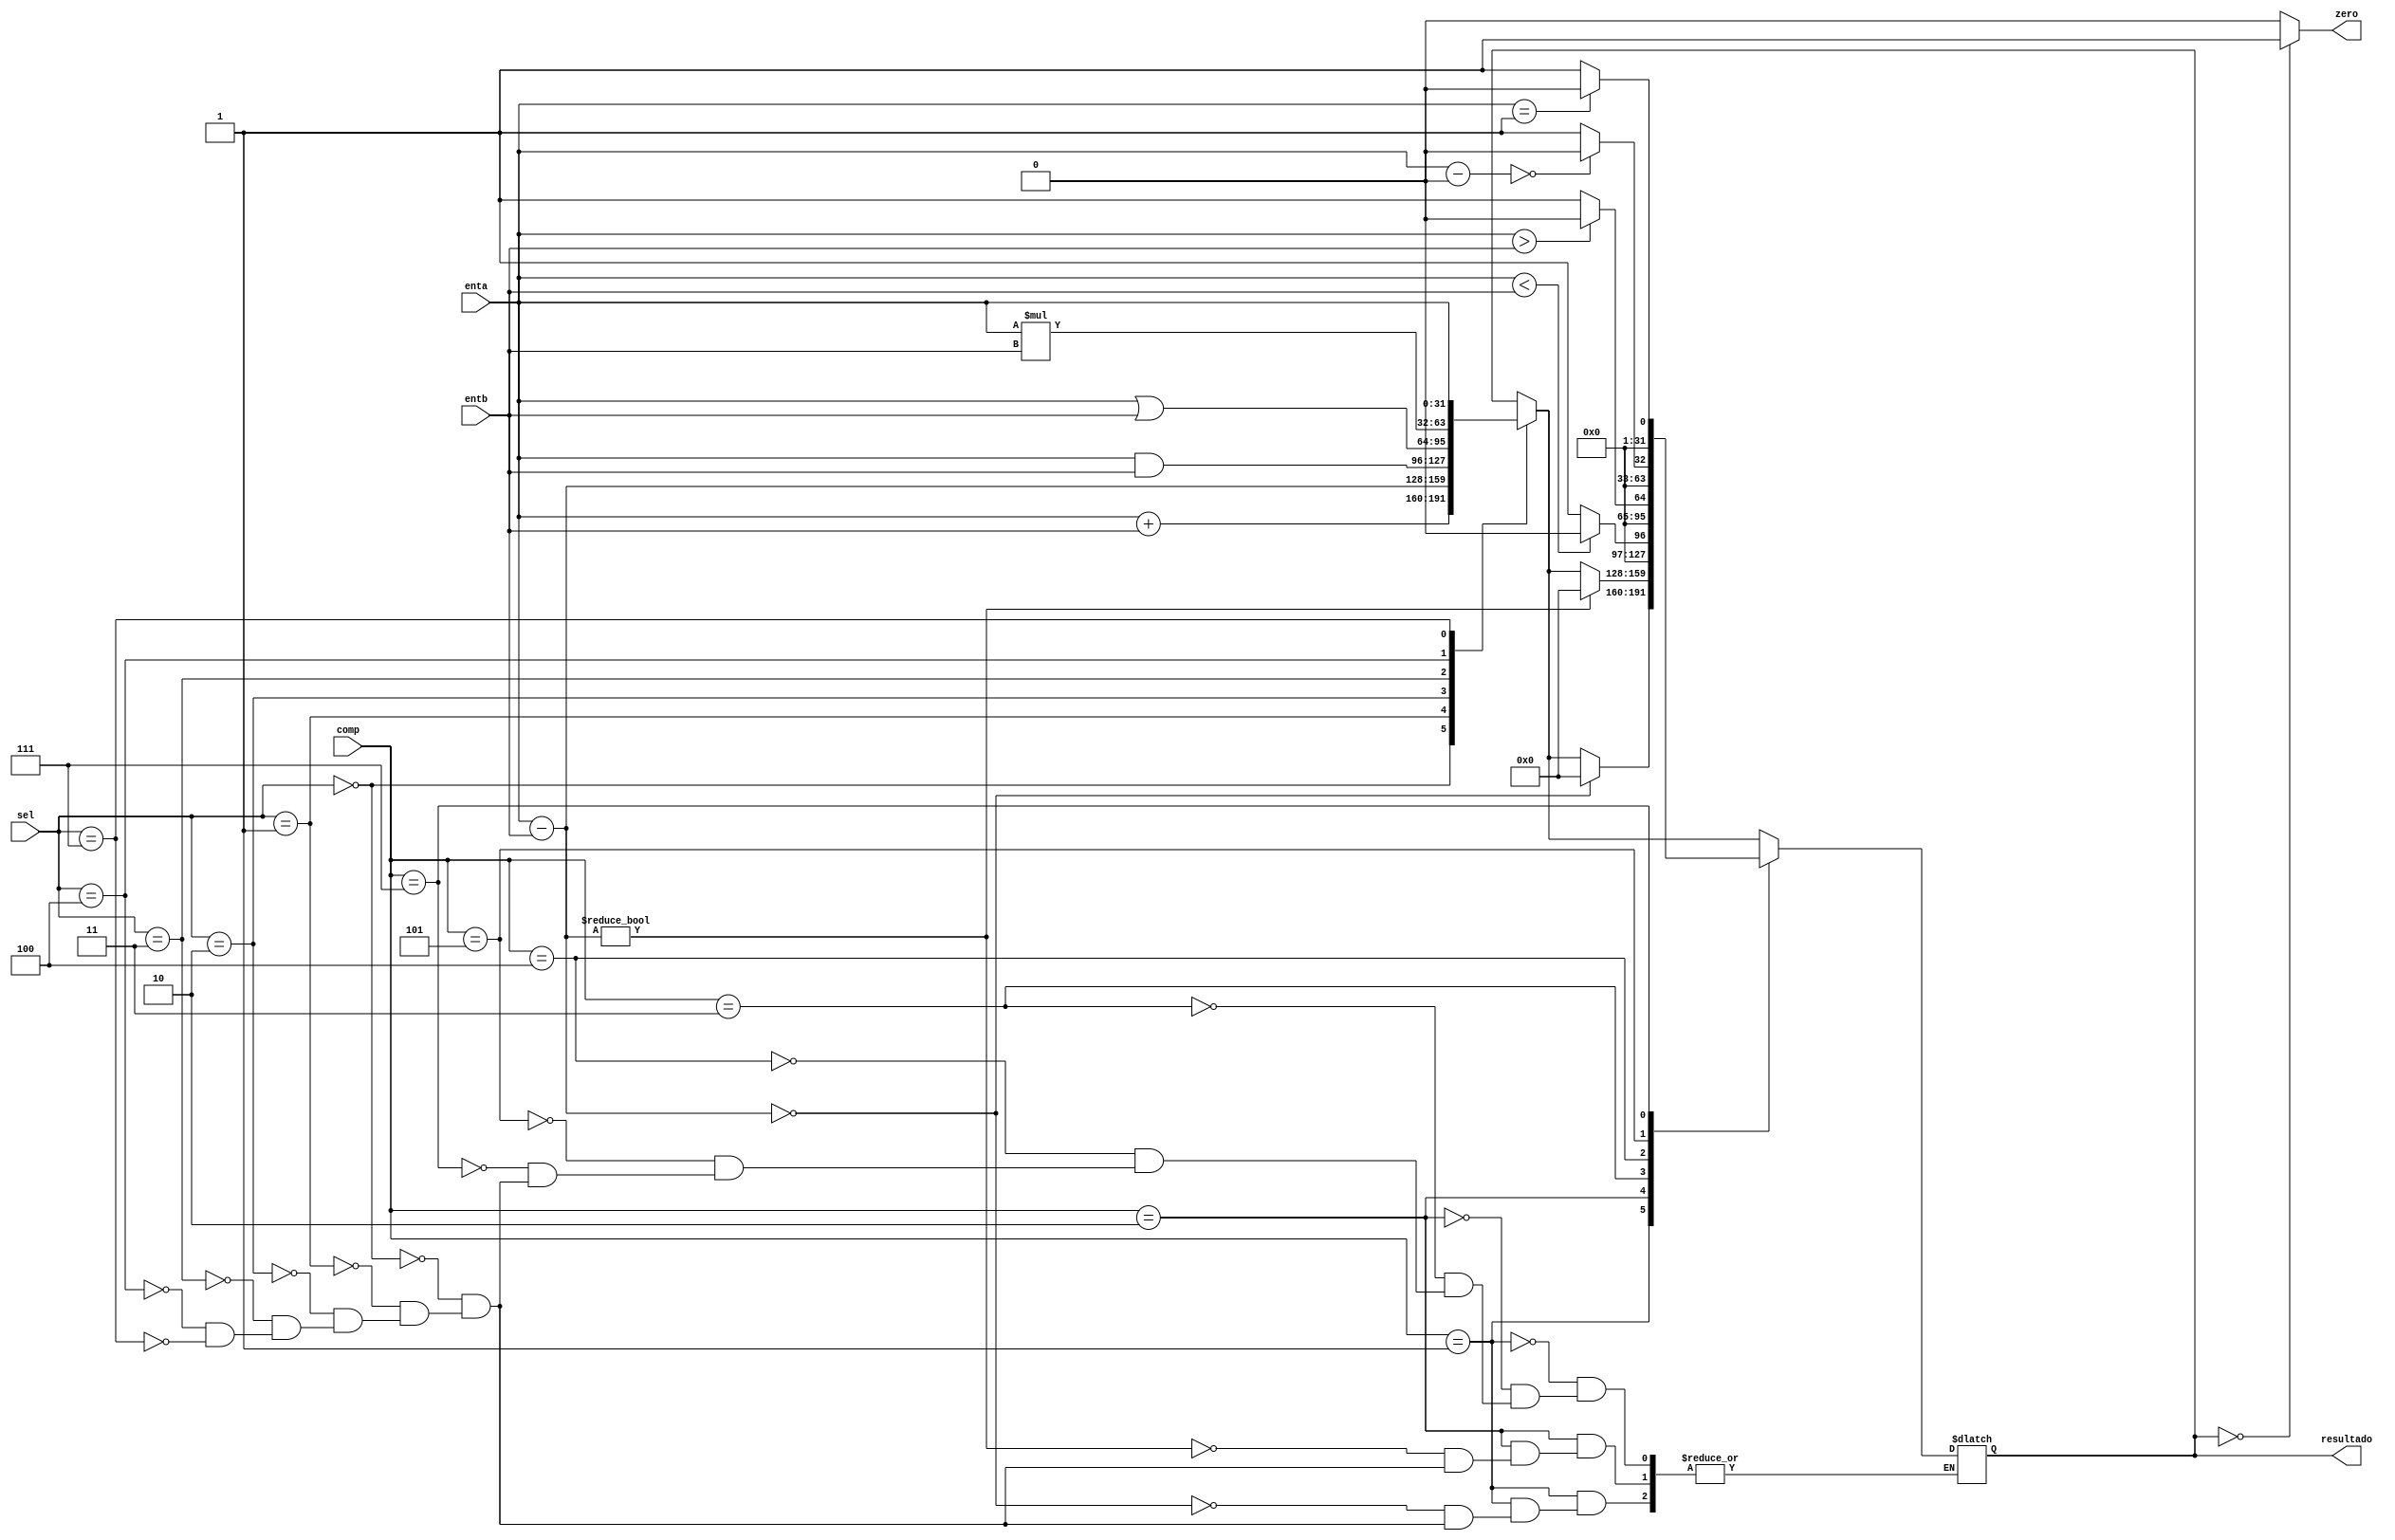
module Ula(sel, enta, entb, resultado, zero, comp);

input[31:0] enta;
input[31:0] entb;
input[2:0] sel;
input[2:0] comp;

output zero;
output reg[31:0] resultado;

always @(enta or entb or sel or comp) 
begin
	case (sel[2:0])
		3'b000: resultado = enta + entb; //add
		3'b001: resultado = enta - entb; //sub
		3'b010: resultado = enta & entb; //and
		3'b011: resultado = enta | entb; //or
		3'b100: resultado = enta * entb; //mult
		3'b111: resultado = enta; //move-jump
		default: begin resultado = resultado; end
		endcase
		case(comp[2:0])
		3'b000: 
		begin //nada
					resultado = resultado;
		end
		3'b001: 
		begin //beq
			if((enta - entb) == 0)
				begin
					resultado = 32'b0;
				end
		end
		3'b010: 
		begin //bneq
			if((enta - entb) != 0)
				begin
					resultado = 32'b0;
				end
		end
		3'b011: 
		begin //sgt
					resultado = (enta < entb) ? 32'b0: 1'b1;
		end
		3'b100: 
		begin //slt
					resultado = (enta > entb) ? 32'b0: 1'b1;
		end
		3'b101:
		begin //beqz
			if((enta - 0) == 0)
				begin
					resultado = 32'b0;
				end
			else
				begin
					resultado = 1'b1;
				end
		end
		3'b111: 
		begin //beqo
			if(enta == 1)
				begin
					resultado = 32'b0;
				end
		else
				begin
					resultado = 1'b1;
				end
		end
		default:
		begin
			resultado = resultado;
		end
		//3'b110: resultado = enta / entb; // div
	endcase
end

assign zero = (resultado==32'b0) ? 1'b1: 1'b0;

endmodule